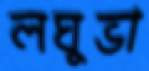
লঘুভা